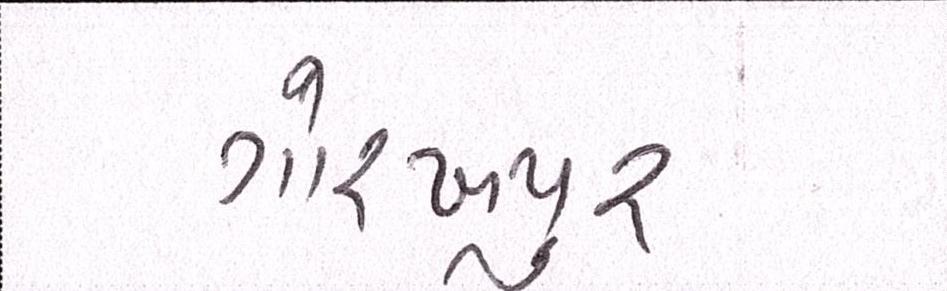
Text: ગોરખપુરઃ